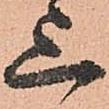
上